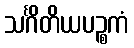
သင်္ဂိတိယပဉ္စကံ